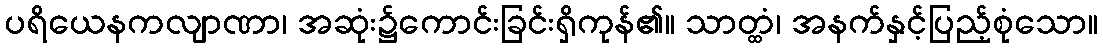
ပရိယေနကလျာဏာ၊ အဆုံး၌ကောင်းခြင်းရှိကုန်၏။ သာတ္ထံ၊ အနက်နှင့်ပြည့်စုံသော။